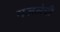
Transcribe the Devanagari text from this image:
गजलेची